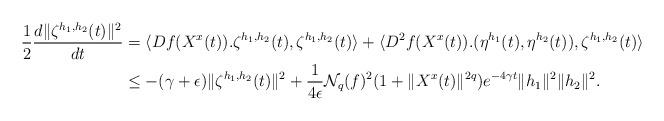
LaTeX: \begin{align*}\frac{1}{2}\frac{d\|\zeta^{h_1,h_2}(t)\|^2}{dt}&=\langle Df(X^x(t)).\zeta^{h_1,h_2}(t),\zeta^{h_1,h_2}(t)\rangle+\langle D^2f(X^x(t)).(\eta^{h_1}(t),\eta^{h_2}(t)),\zeta^{h_1,h_2}(t)\rangle\\&\le -(\gamma+\epsilon)\|\zeta^{h_1,h_2}(t)\|^2+\frac{1}{4\epsilon}\mathcal{N}_{q}(f)^2(1+\|X^x(t)\|^{2q})e^{-4\gamma t}\|h_1\|^2\|h_2\|^2.\end{align*}